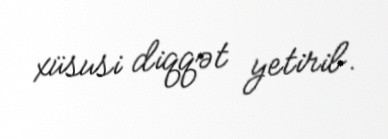
xüsusi diqqət yetirib.